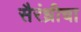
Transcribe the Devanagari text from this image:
सैरंध्रीचा